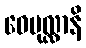
ဝေပုလ္လာနိ